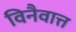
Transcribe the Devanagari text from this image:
विनैवात्त